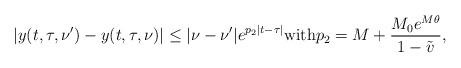
LaTeX: \begin{align*}|y(t,\tau,\nu')-y(t,\tau,\nu)|\leq |\nu-\nu'|e^{p_{2}|t-\tau|} \textnormal{with} p_{2}=M+\frac{M_{0}e^{M\theta}}{1-\tilde{v}}, \end{align*}